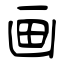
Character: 画